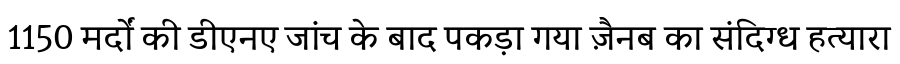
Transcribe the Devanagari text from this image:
1150 मर्दों की डीएनए जांच के बाद पकड़ा गया ज़ैनब का संदिग्ध हत्यारा